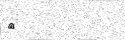
٨